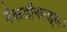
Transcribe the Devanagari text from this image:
मैकडॉनल्ड्स।